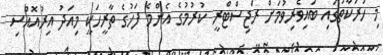
މި ހަރަކާތުގައި ބައިވެރިވުމަށް ރަޖިސްޓްރީ ކުރުމުގެ އެންމެ ފަހުގެ ތާރީހަކީ މިއަދު އިރުއޮއްސި